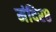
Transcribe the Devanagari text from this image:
मंदिर८